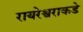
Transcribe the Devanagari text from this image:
रायरेश्वराकडे